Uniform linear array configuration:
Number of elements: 24
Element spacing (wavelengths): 0.25
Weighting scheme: kaiser
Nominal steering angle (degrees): -60
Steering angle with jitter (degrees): -61.46
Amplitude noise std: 0.05
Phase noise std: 0.05

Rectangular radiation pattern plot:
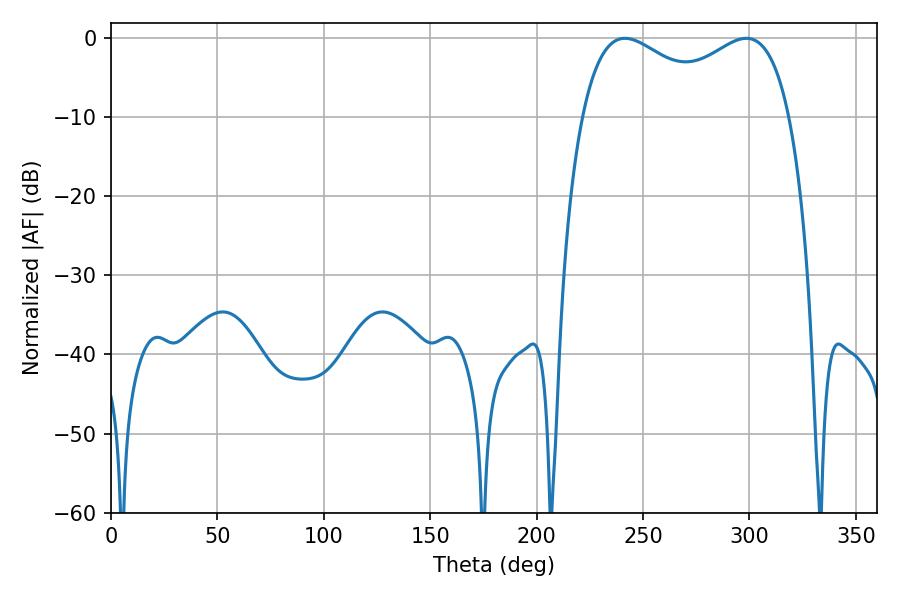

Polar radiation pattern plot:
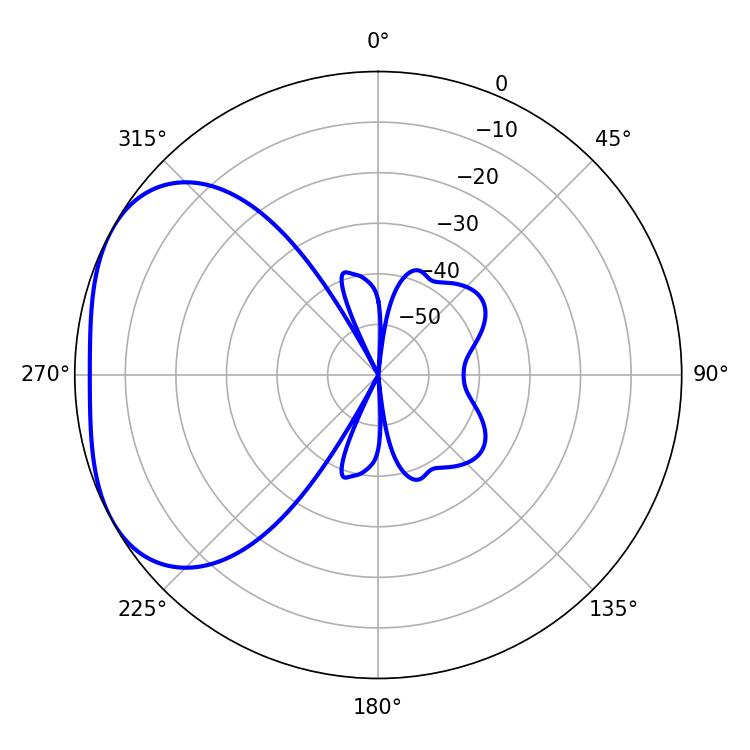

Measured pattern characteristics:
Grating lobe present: FALSE
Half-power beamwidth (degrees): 81.36
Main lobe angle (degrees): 241.56